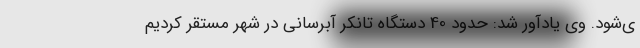
ی‌شود. وی یادآور شد: حدود 40 دستگاه تانکر آبرسانی در شهر مستقر کردیم